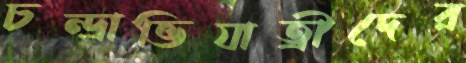
চন্দ্রাভিযাত্রীদের